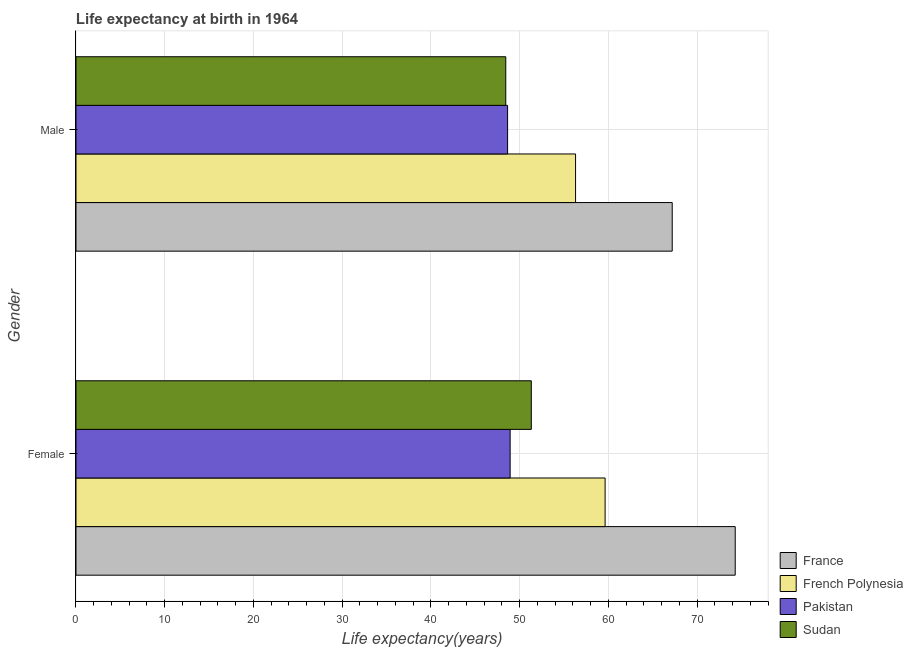
| Gender | France | French Polynesia | Pakistan | Sudan |
 | --- | --- | --- | --- | --- |
 | Female | 74.3 | 59.6 | 48.9 | 51.3 |
 | Male | 67.2 | 56.3 | 48.6 | 48.4 |